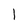
Character: l